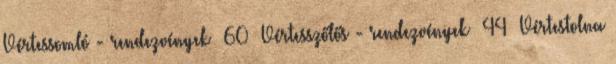
Vértessomló - rendezvények 60 Vértesszőlős - rendezvények 44 Vértestolna